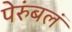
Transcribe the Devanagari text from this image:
पेरुंबलं